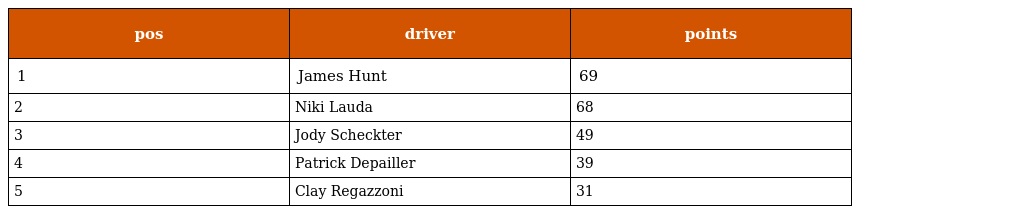
| pos | driver | points |
 | --- | --- | --- |
 | 1 | James Hunt | 69 |
 | 2 | Niki Lauda | 68 |
 | 3 | Jody Scheckter | 49 |
 | 4 | Patrick Depailler | 39 |
 | 5 | Clay Regazzoni | 31 |